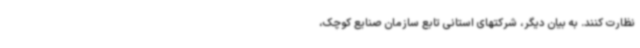
نظارت کنند. به بیان دیگر، شرکتهای استانی تابع سازمان صنایع کوچک،